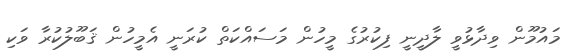
މައުމޫން ވިދާޅުވީ ލާދީނީ ފިކުރުގެ މީހުން މަސައްކަތް ކުރަނީ އެމީހުން ޤަބޫލުކުރާ ވަކި